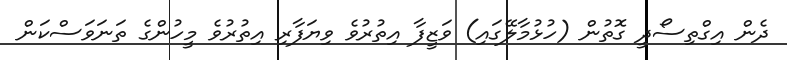
ދެން އިގްތިސޯދީ ގޮތުން (ހުޅުމާލޭގައި) ވަޒީފާ އިތުރުވެ ވިޔަފާރި އިތުރުވެ މީހުންގެ ތަނަވަސްކަން